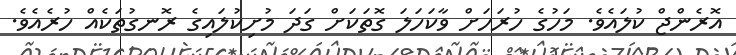
އޮރެންޖް ކުލައެވެ. މަހުގެ ހުރަހަށް ވާކަހަލަ ގޮތަކަށް ގަދަ މުށިކުލައިގެ ރޮނގުތަކެއް ހުރެއެވެ.